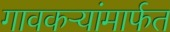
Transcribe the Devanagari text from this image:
गावकऱ्यांमार्फत